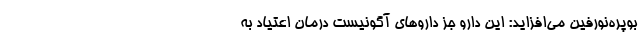
بوپره‌نورفین می‌افزاید: این دارو جز داروهای آگونیست درمان اعتیاد به